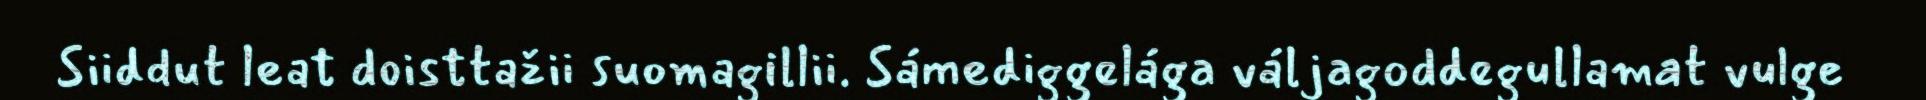
Siiddut leat doisttažii suomagillii. Sámediggelága váljagoddegullamat vulge